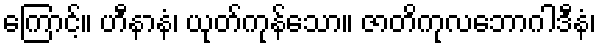
ကြောင့်။ ဟီနာနံ၊ ယုတ်ကုန်သော။ ဇာတိကုလဘောဂါဒီနံ၊